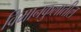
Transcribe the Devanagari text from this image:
विमानकुलातील